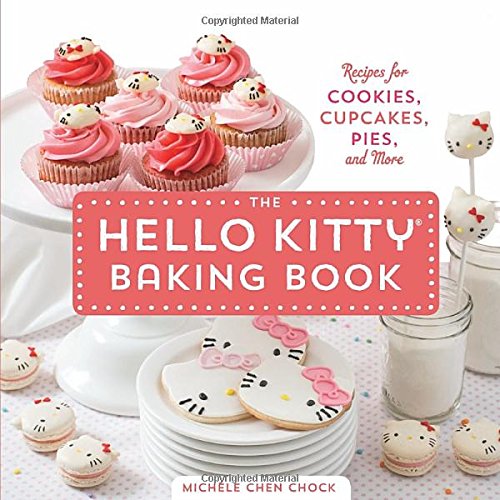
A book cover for The Hello Kitty Baking Book: Recipes for Cookies, Cupcakes, and More; Michele Chen Chock; Cookbooks, Food & Wine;